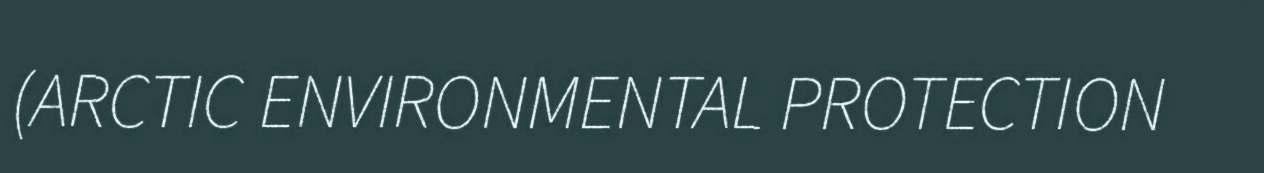
(ARCTIC ENVIRONMENTAL PROTECTION